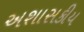
અશાસકીય